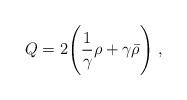
LaTeX: \begin{align*} Q=2\Biggl(\frac{1}{\gamma}\rho+\gamma\bar\rho\Biggr) ~,\end{align*}